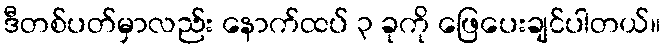
ဒီတစ်ပတ်မှာလည်း နောက်ထပ် ၃ ခုကို ဖြေပေးချင်ပါတယ်။